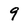
Character: 9